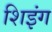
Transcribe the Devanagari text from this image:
शिइंग